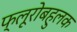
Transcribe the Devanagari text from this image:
फ्लूरोबहुलक